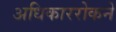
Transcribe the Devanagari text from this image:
अधिकाररोकने